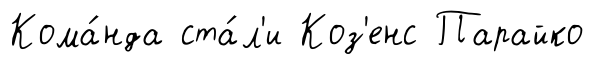
Кома́нда ста́л'и Коз'енс Парайко